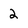
Character: 2